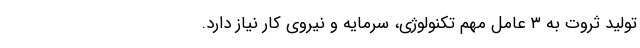
تولید ثروت به ۳ عامل مهم تکنولوژی، سرمایه و نیر‌وی کار نیاز دارد.